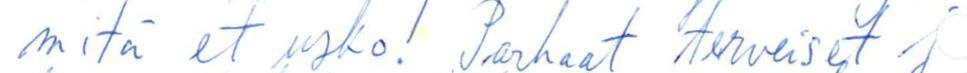
mitä et usko! Parhaat terveiset j